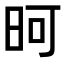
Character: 𪰏